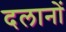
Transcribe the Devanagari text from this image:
दलानों